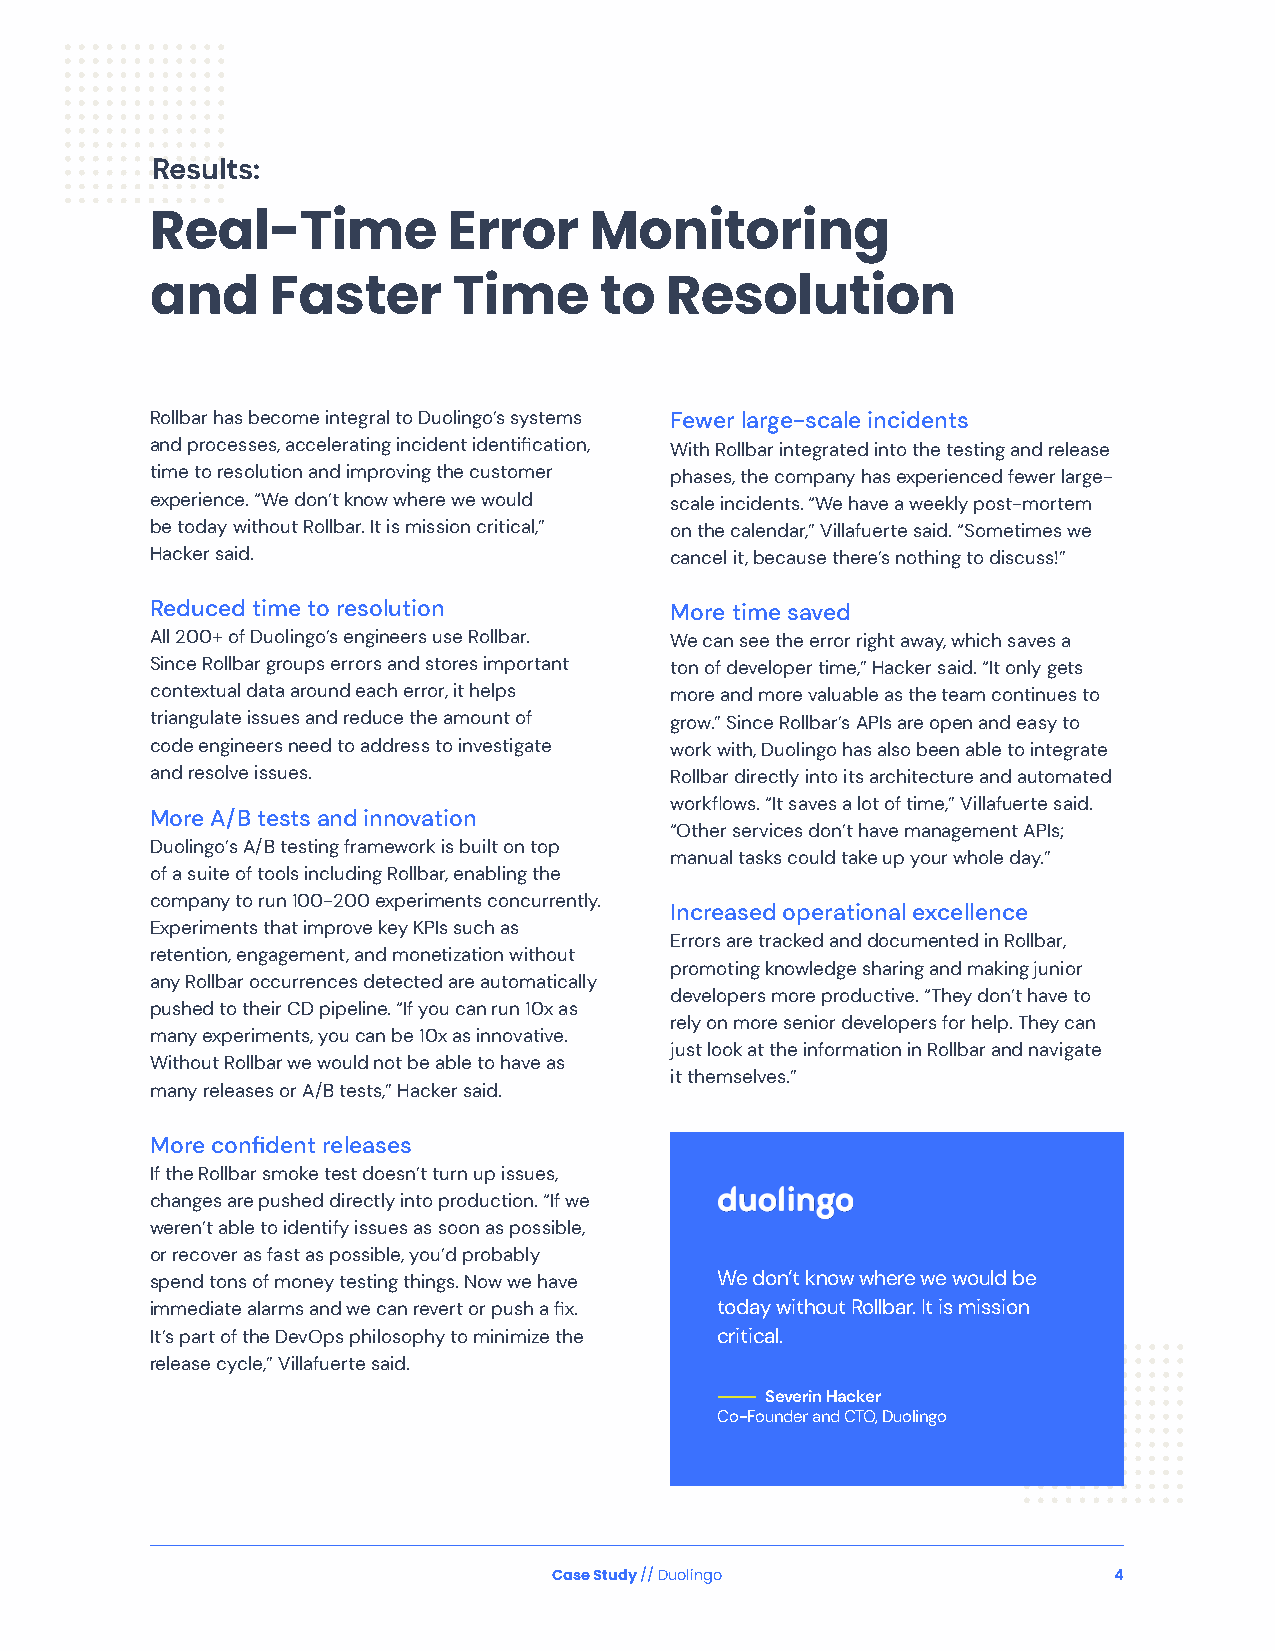
Results:
 Real-Time           Error    Monitoring
 and     Faster      Time      to  Resolution
 Rollbar has become integral to Duolingo’s systems Fewer large-scale incidents
 and processes, accelerating incident identification, With Rollbar integrated into the testing and release
 time to resolution and improving the customer phases, the company has experienced fewer large-
 experience. “We don’t know where we would scale incidents. “We have a weekly post-mortem
 be today without Rollbar. It is mission critical,” on the calendar,” Villafuerte said. “Sometimes we
 Hacker said.                      cancel it, because there’s nothing to discuss!”
 Reduced time to resolution        More time saved
 All 200+ of Duolingo’s engineers use Rollbar. We can see the error right away, which saves a
 Since Rollbar groups errors and stores important ton of developer time,” Hacker said. “It only gets
 contextual data around each error, it helps more and more valuable as the team continues to
 triangulate issues and reduce the amount of grow.” Since Rollbar’s APIs are open and easy to
 code engineers need to address to investigate work with, Duolingo has also been able to integrate
 and resolve issues.               Rollbar directly into its architecture and automated
 workflows. “It saves a lot of time,” Villafuerte said.
 More A/B tests and innovation
 “Other services don’t have management APIs;
 Duolingo’s A/B testing framework is built on top
 manual tasks could take up your whole day.”
 of a suite of tools including Rollbar, enabling the
 company to run 100-200 experiments concurrently.
 Increased operational excellence
 Experiments that improve key KPIs such as
 Errors are tracked and documented in Rollbar,
 retention, engagement, and monetization without
 promoting knowledge sharing and making junior
 any Rollbar occurrences detected are automatically
 developers more productive. “They don’t have to
 pushed to their CD pipeline. “If you can run 10x as
 rely on more senior developers for help. They can
 many experiments, you can be 10x as innovative.
 just look at the information in Rollbar and navigate
 Without Rollbar we would not be able to have as
 it themselves.”
 many releases or A/B tests,” Hacker said.
 More confident releases
 If the Rollbar smoke test doesn’t turn up issues,
 changes are pushed directly into production. “If we
 weren’t able to identify issues as soon as possible,
 or recover as fast as possible, you’d probably
 spend tons of money testing things. Now we have We don’t know where we would be
 immediate alarms and we can revert or push a fix. today without Rollbar. It is mission
 It’s part of the DevOps philosophy to minimize the critical.
 release cycle,” Villafuerte said.
 —————— Severin Hacker
 Co-Founder and CTO, Duolingo
 Case Study // Duolingo               4